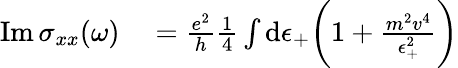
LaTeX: \begin{array}{rl}{\mathrm{Im}\, \sigma_{xx}(\omega)}&{{}=\frac{e^{2}}{h}\frac{1}{4}\int\mathrm{d}\epsilon_{+}\bigg(1+\frac{m^{2}v^{4}}{\epsilon_{+}^{2}}\bigg)}\end{array}